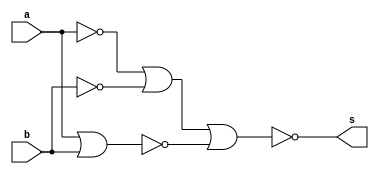
// 821811 - Felipe Rivetti Mizher
// Guia_0505.v 

module f5a ( output s, 
             input a, 
             input b );
// Definir dados locais
   wire not_a; 
   wire not_b; 
   wire a_nor_b;
// Descrever por portas NAND
   nor NOR1(not_a, a, a);
   nor NOR2(not_b, b, b);
   nor NOR3(a_nor_b, a, b);
   nor NOR4(s, not_a, not_b, a_nor_b);
   
endmodule // f5a

module f5b ( output s,
             output a,
             output b, 
             input x,
             input y );
   // descrever por expressao
      assign s = ~(x ^ y);
      assign a = x;
      assign b = y;        
    endmodule // f5b

    module test_f5;
   // ------------------------- definir dados
            reg x;
            reg y;
            wire s, a, b;

   f5a moduloA ( s, x, y );
   f5b moduloB ( s, a,  b, x, y );

// ------------------------- parte principal

   initial
   begin : main
      $display("Guia_0505 - Felipe Rivetti Mizher - 821811");
      $display("Test module");
      $display("   x    y    a    b");

     // projetar testes do modulo
      $monitor("%4b %4b %4b %4b", x, y, a, b);
#1       x = 1'b0; y = 1'b0;
#1       x = 1'b0; y = 1'b1;
#1       x = 1'b1; y = 1'b0;
#1       x = 1'b1; y = 1'b1;
   end
endmodule // test_f5